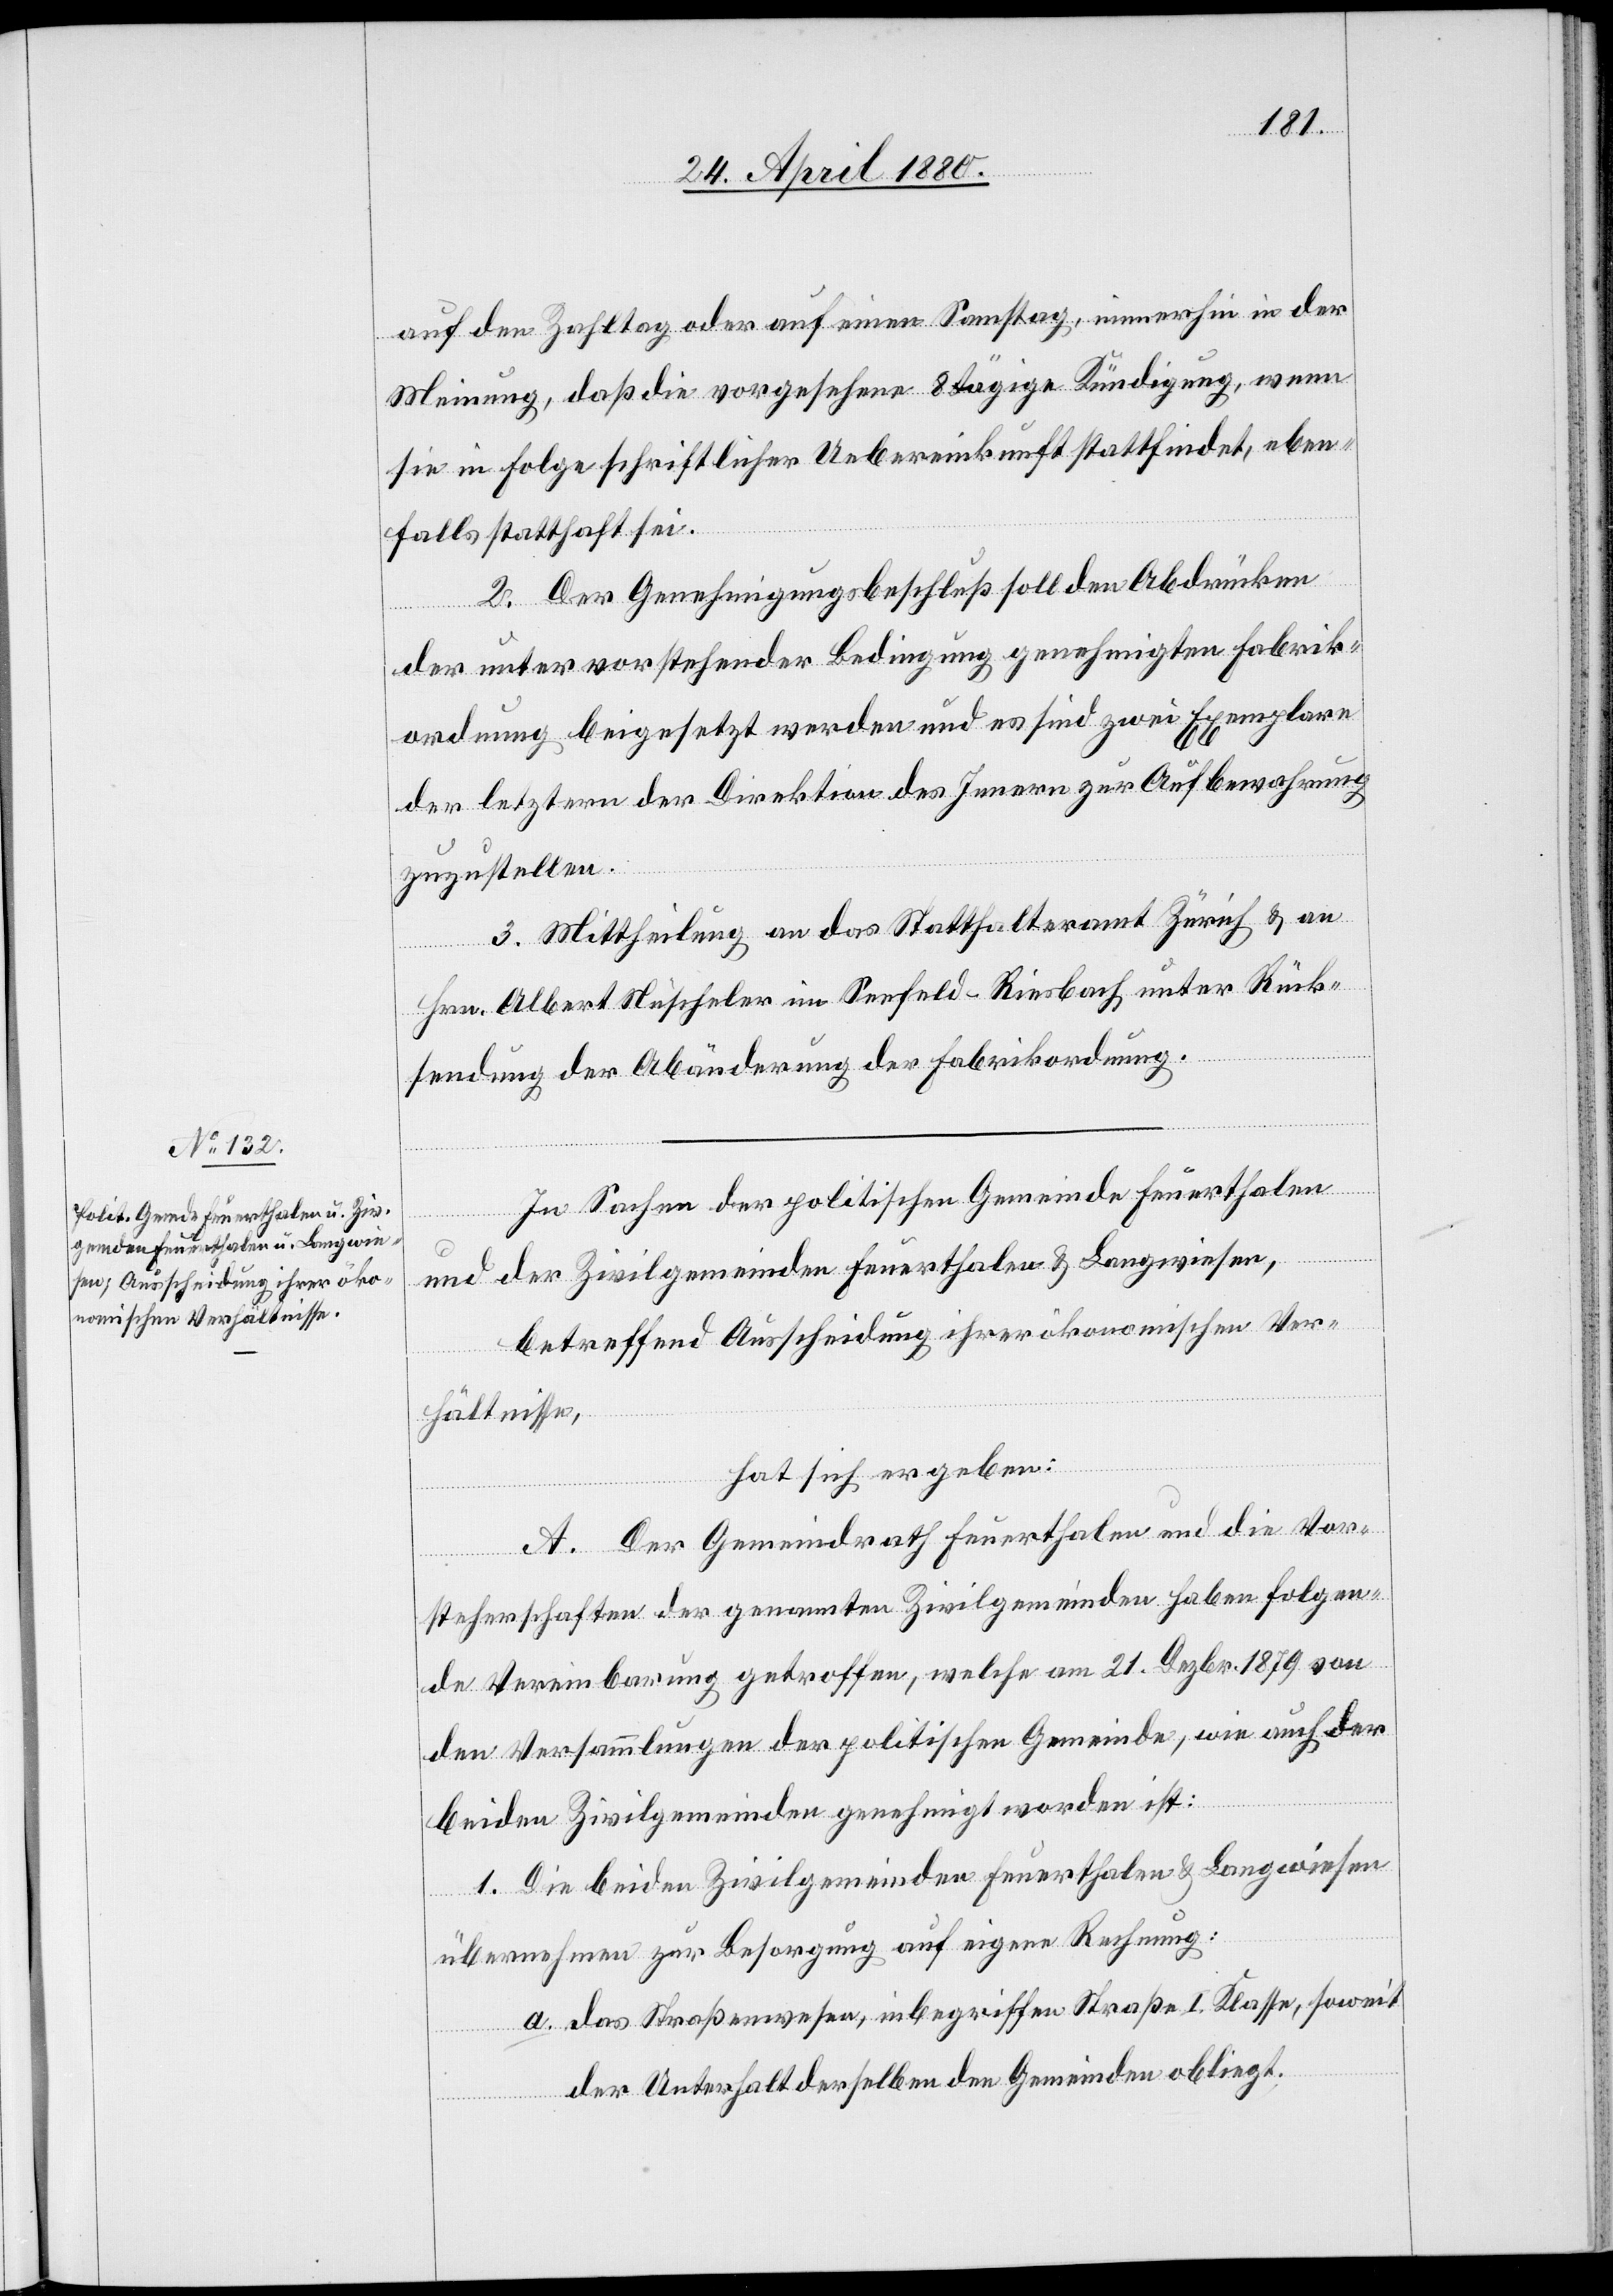
auf den Zahltag oder auf einen Samstag, immerhin in der
Meinung, daß die vorgesehene 8 tägige Kündigung, wenn
sie in Folge schriftlicher Uebereinkunft stattfindet, eben¬
falls statthaft sei.
2. Der Genehmigungsbeschluß soll den Abdrücken
der unter vorstehender Bedingung genehmigten Fabrik¬
ordnung beigesetzt werden und es sind zwei Exemplare
der letztern der Direktion des Innern zur Aufbewahrung
zuzustellen.
3. Mittheilung an das Statthalteramt Zürich & an
Hrn. Albert Nüscheler im Seefeld - Riesbach unter Rück¬
sendung der Abänderung der Fabrikordnung.
In Sachen der politischen Gemeinde Feuerthalen
und der Zivilgemeinden Feuerthalen & Langwiesen,
betreffend Ausscheidung ihrer ökonomischen Ver¬
hältnisse,
hat sich ergeben:
A. Der Gemeindrath Feuerthalen und die Vor¬
steherschaften der genannten Zivilgemeinden haben folgen¬
de Vereinbarung getroffen, welche am 21. Dezbr. 1879 von
den Versammlungen der politischen Gemeinde, wie auch der
beiden Zivilgemeinden genehmigt worden ist:
1. Die beiden Zivilgemeinden Feuerthalen & Langwiesen
übernehmen zur Besorgung auf eigene Rechnung:
a. das Straßenwesen, inbegriffen Straße I. Klasse, soweit
der Unterhalt derselben den Gemeinden obliegt.